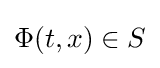
\Phi (t,x)\in S